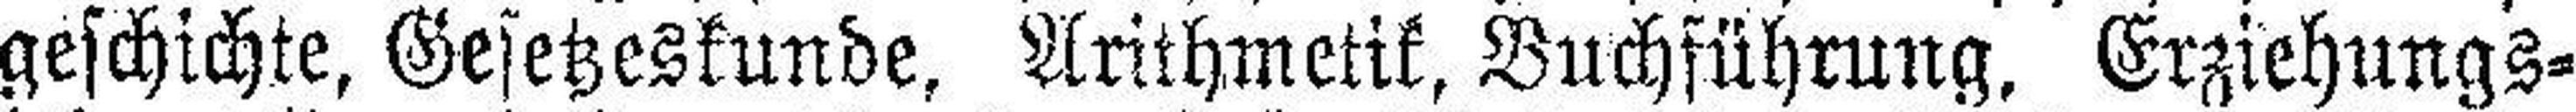
geschichte, Gesetzeskunde, Arithmetik, Buchführung, Erziehungs¬